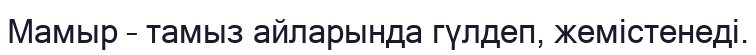
Мамыр – тамыз айларында гүлдеп, жемістенеді.